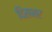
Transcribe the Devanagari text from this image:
दिसभर